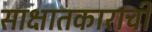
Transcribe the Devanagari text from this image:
साक्षातकाराची